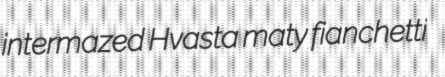
intermazed Hvasta maty fianchetti